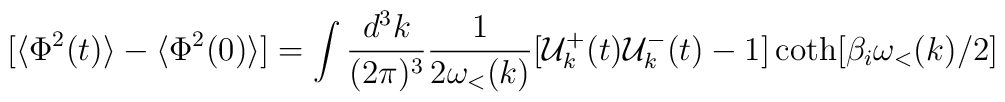
[\langle\Phi^2(t)\rangle-\langle\Phi^2(0)\rangle]  =\int \frac{d^3k}{(2\pi)^3} \frac{1}{2\omega_{<}(k)}[{\cal{U}}^+_k(t){\cal{U}}^-_k(t)-1] \coth[\beta_i\omega_{<}(k)/2]